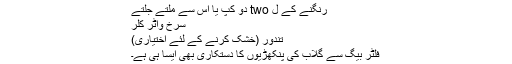
رنگنے کے ل two دو کپ یا اس سے ملتے جلتے
سرخ واٹر کلر
تندور (خشک کرنے کے لئے اختیاری)
فلٹر بیگ سے گلاب کی پنکھڑیوں کا دستکاری بھی ایسا ہی ہے۔